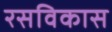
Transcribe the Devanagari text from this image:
रसविकास